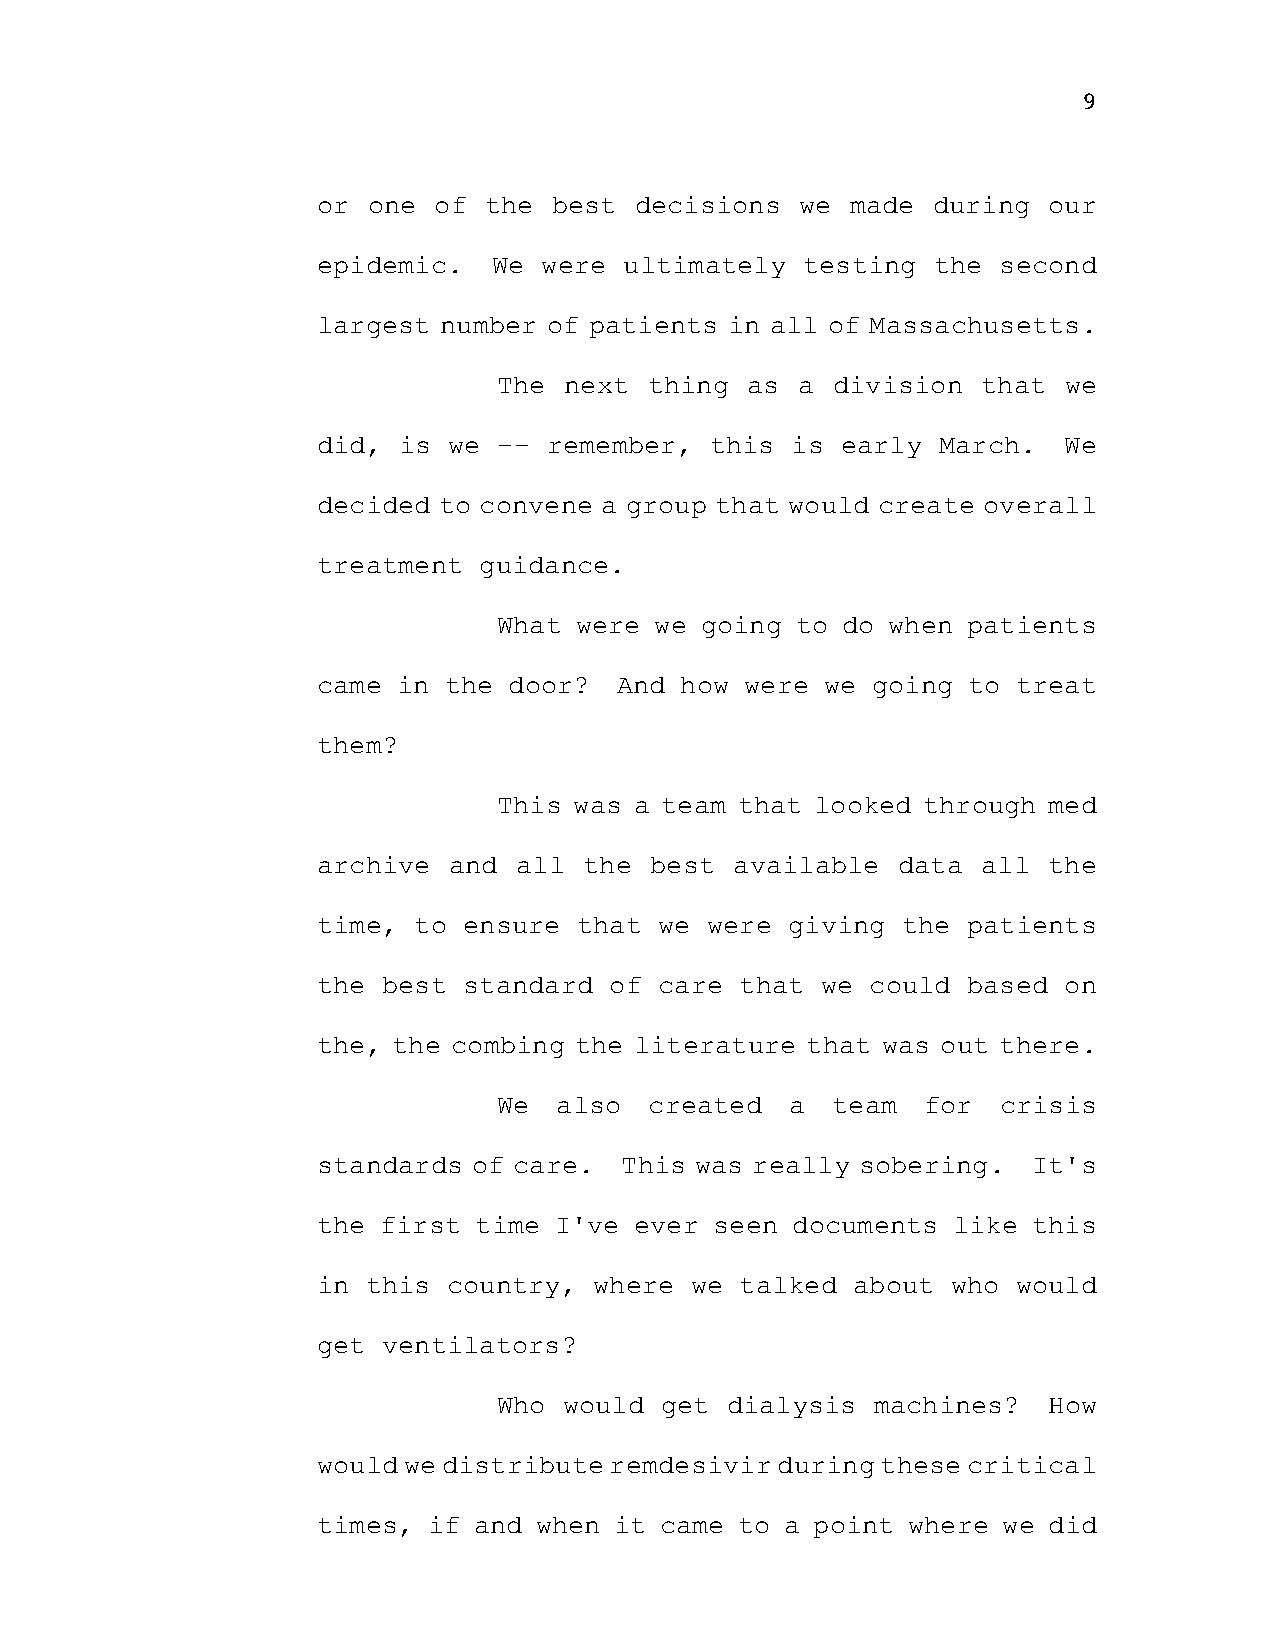
9
 or one  of the  best decisions  we made  during our
 epidemic.   We were ultimately  testing  the second
 largest number of patients in all of Massachusetts.
 The next  thing as  a division  that we
 did, is  we -- remember,  this is  early March.  We
 decided to convene a group that would create overall
 treatment  guidance.
 What were we going  to do when patients
 came in the  door?  And how were  we going to treat
 them?
 This was a team that looked through med
 archive  and all  the best  available data  all the
 time, to  ensure that  we were giving  the patients
 the best  standard of  care that we  could based on
 the, the combing the literature that was out there.
 We  also  created  a  team  for  crisis
 standards of care.  This was really sobering.  It's
 the first time  I've ever seen documents  like this
 in this  country, where  we talked about  who would
 get ventilators?
 Who would  get dialysis  machines?  How
 would we distribute remdesivir during these critical
 times, if and when  it came to a point where we did